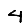
Digit: 4